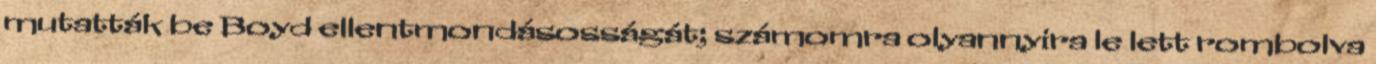
mutatták be Boyd ellentmondásosságát; számomra olyannyira le lett rombolva